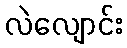
လဲလျောင်း